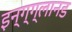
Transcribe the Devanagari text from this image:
इन्ग्ग्लानड